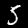
Digit: 5